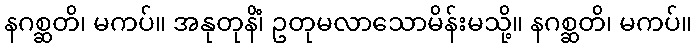
နဂစ္ဆတိ၊ မကပ်။ အနုတုနိံ၊ ဥတုမလာသောမိန်းမသို့။ နဂစ္ဆတိ၊ မကပ်။